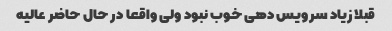
قبلا زیاد سرویس دهی خوب نبود ولی واقعا در حال حاضر عالیه